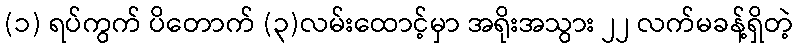
(၁) ရပ်ကွက် ပိတောက် (၃)လမ်းထောင့်မှာ အရိုးအသွား ၂၂ လက်မခန့်ရှိတဲ့